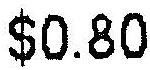
$0.80